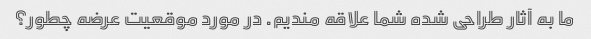
ما به آثار طراحی شده شما علاقه مندیم. در مورد موقعیت عرضه چطور؟